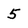
Character: 5